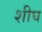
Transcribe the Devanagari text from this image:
शीघ